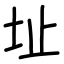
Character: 址